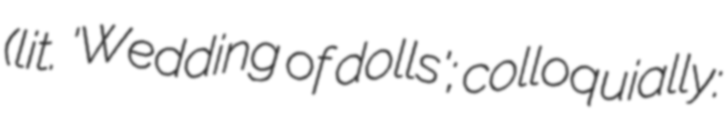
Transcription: (lit. 'Wedding of dolls'; colloquially: